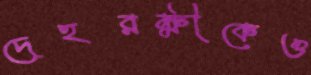
দেহরক্ষীকেও